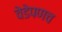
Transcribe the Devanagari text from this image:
वेडेपणच